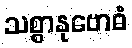
သစ္စာနုဗောဓံ